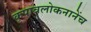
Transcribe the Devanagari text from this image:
कृपावलोकनानेंच